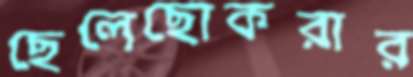
ছেলেছোকরার